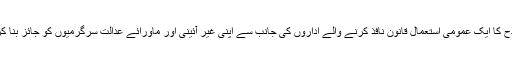
اسی لئے اس اصطلاح کا ایک عمومی استعمال قانون نافذ کرنے والے اداروں کی جانب سے اپنی غیر آئینی اور ماورائے عدالت سرگرمیوں کو جائز بنا کر بھی کیا جاتا ہے ۔